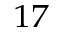
^ { 1 7 }